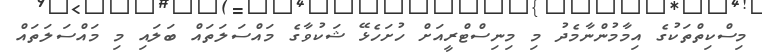
މިސްކިތްތަކުގެ އިމާމުންނާމެދު މި މިނިސްޓްރީއަށް ހުށަހެޅޭ ޝަކުވާގެ މައްސަލަތައް ބަލައި މި މައްސަލަތައް